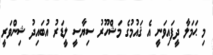
މި ޙަމަލާ ދީފައިވަނީ އެ ޤައުމުގެ މަޝްހޫރު ސިޔާސީ ލީޑަރު އުބައިދު ޝިންވަރީ